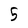
Character: 5